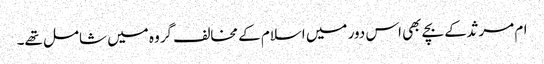
ام مرثد کے بچے بھی اس دور میں اسلام کے مخالف گروہ میں شامل تھے۔